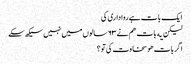
ایک بات ہے روا داری کی
لیکن یه بات هم نے ٦٣ سالوں میں نہیں سیکھ سکے
اگر بات هو سخاوت کی تو ؟